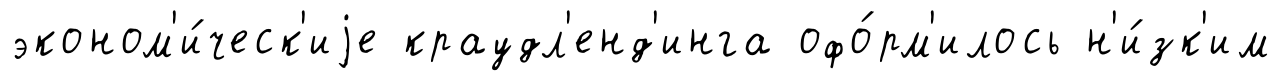
эконом'и́ческ'иjе краудл'енд'инга офо́рм'илось н'и́зк'им